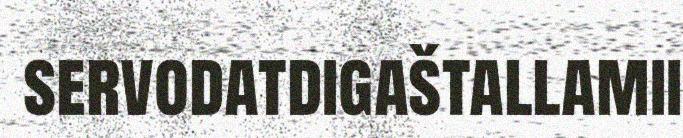
servodatdigaštallamii